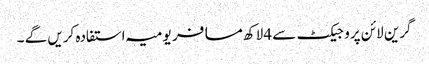
گرین لائن پروجیکٹ سے 4لاکھ مسافر یومیہ استفادہ کریں گے ۔